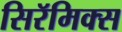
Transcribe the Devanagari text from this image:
सिरॅमिक्स